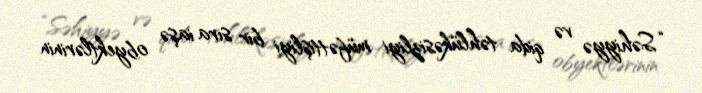
“Səhiyyə və qida təhlükəsizliyi müfəttişliyi bir sıra iaşə obyektlərinin